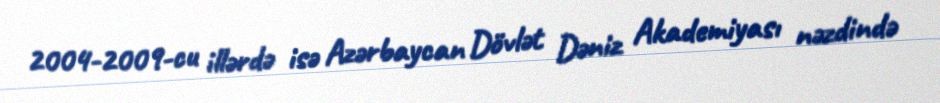
2004-2009-cu illərdə isə Azərbaycan Dövlət Dəniz Akademiyası nəzdində